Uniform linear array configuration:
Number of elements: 4
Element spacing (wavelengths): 1
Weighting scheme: kaiser
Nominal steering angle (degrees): -60
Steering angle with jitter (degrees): -58.21
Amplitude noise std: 0.05
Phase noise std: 0.05

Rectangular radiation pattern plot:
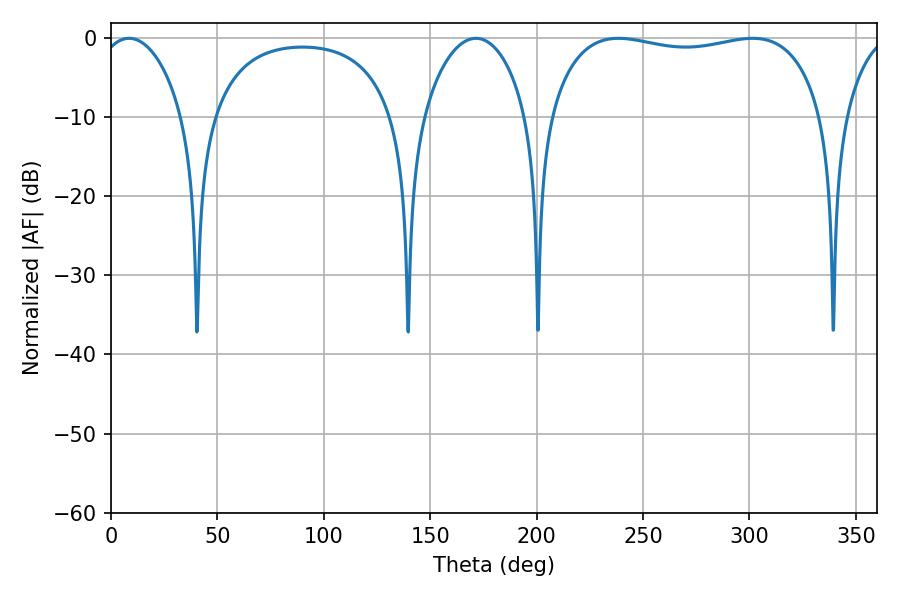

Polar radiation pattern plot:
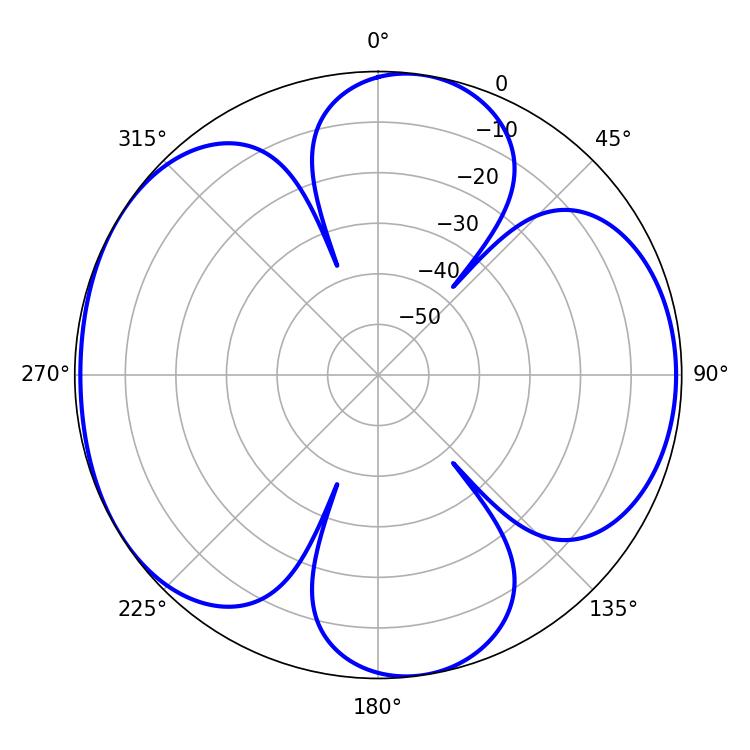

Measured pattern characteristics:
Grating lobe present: TRUE
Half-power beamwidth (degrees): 104.04
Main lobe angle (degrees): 238.5